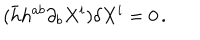
( \bar { h } h ^ { a b } \partial _ { b } X ^ { i } ) \delta X ^ { i } = 0 \, .